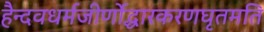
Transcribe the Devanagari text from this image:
हैन्दवधर्मजीर्णोद्धारकरणघृतमति